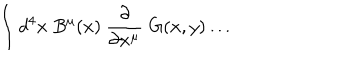
\int d ^ { 4 } x \ B ^ { \mu } ( x ) \ { \frac { \partial } { \partial x ^ { \mu } } } \; G ( x , y ) \dots